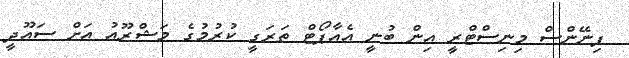
ފިނޭންސް މިނިސްޓްރީ އިން ބުނީ އެއާޕޯޓް ތަރަގީ ކުރުމުގެ މަޝްރޫއު އަށް ސައޫދީ